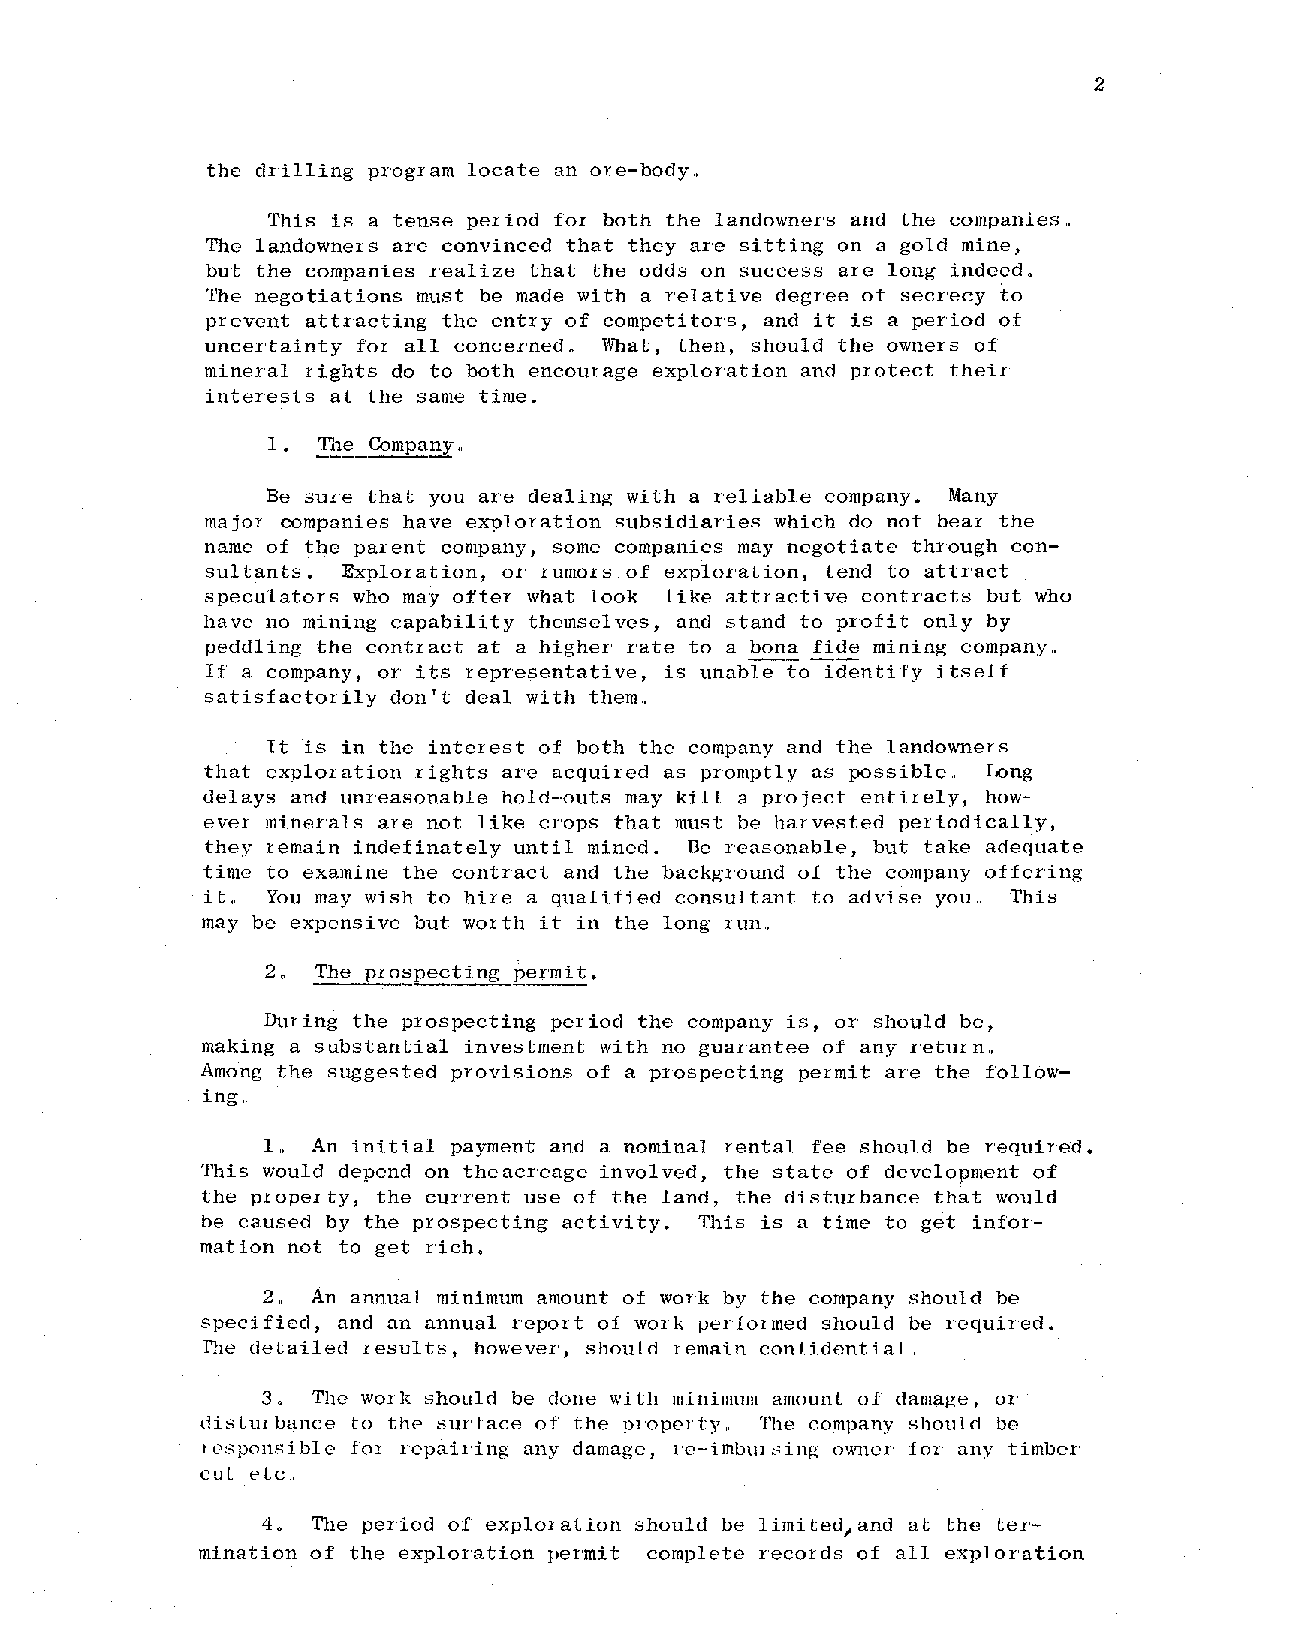
2
 the drilling program locate an ore-body ..
 This is a tense period for both the landowners and the companies"
 The landowners are convinced that they are sitting on a gold mine,
 but the companies realize that the odds on success are long indeed~
 The negotiations must be made with a relative degree of secrecy to
 prevent attracting the entry of competitors, and it is a period of
 uncertainty for all cOllcernedo What, then, should the owners of
 mineral rights do to both encourage exploration and protect their
 interests at the same time.
 Be sure that you are dealing with a reliable company. Many
 major companies have exploration subsidiaries which do not bear the
 name of the parent company, some companies may negotiate through con
 sultants. Exploration, or rumors of exploration, tend to attract
 speculators who may offer what look like attractive contracts but who
 have no mining capability themselves, and stand to profit only by
 peddling the contract at a higher rate to a bon~ fide mining company"
 If a company, or its representative, is unable to identify itself
 satisfactorily don't deal with them"
 It is in the interest of both the company and the landowners
 that exploration rights are acquired as promptly as possible" Long
 delays and unreasonable hold-'outs may kill a project entirely, how
 ever minerals are not like crops that must be harvested periodically,
 they remain indefinately until mined. Be reasonable, but take adequate
 time to examine the contract and the background of the company offering
 it"  You may wish to hire a qualified consultant to advise you.. This
 may be expensive but worth it in the long run ..
 During the prospecting period the company is, or should be,
 making a substantial investment with no g-uarantee of any return"
 Among the suggested provisions of a prospecting permit are the follow
 ing"
 1"  An initial payment and a nominal rental fee should be required.
 This would depend on the acreage involved, the state of development of
 the property, the current use of the land, the disturbance that would
 be caused by the prospecting activity_ This is a time to get infor
 mation not to get r'icho
 2"  An annual minimum amount of work by the company should be
 specified, and an annual report of work perfol:med should be required.
 The detailed r esul ts, however, should remain coni ident ial"
 3~  The wOlk should be done with minimulll amount oJ damage, 01'
 distUI bance to the surface of the pl'Opel'ty" The company should be
 losponsible iOl l'cpair'ing any damage, l'e-imbll1'sing owner for' any timber
 cut etc ..
 40  The period of explolation should be limitedjand at the ter
 mination of the exploration permit complete records of all exploration